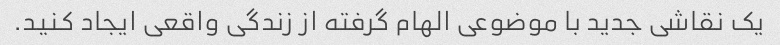
یک نقاشی جدید با موضوعی الهام گرفته از زندگی واقعی ایجاد کنید.